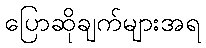
ပြောဆိုချက်များအရ